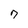
Character: 7